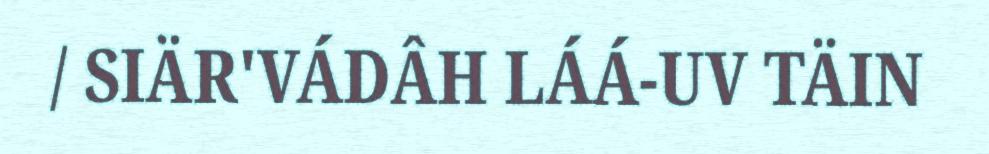
/ SIÄR'VÁDÂH LÁÁ-UV TÄIN